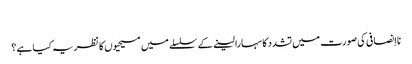
‏
نااِنصافی کی صورت میں تشدد کا سہارا لینے کے سلسلے میں مسیحیوں کا نظریہ کیا ہے؟